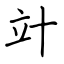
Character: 竍